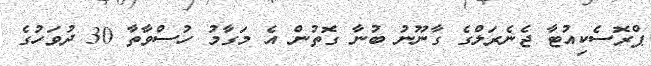
ޕްރޮސެކިއުޓާ ޖެނެރަލްގެ ގާނޫނު ބުނާ ގޮތުން އެ މަގާމު ހުސްވާތާ 30 ދުވަހުގެ